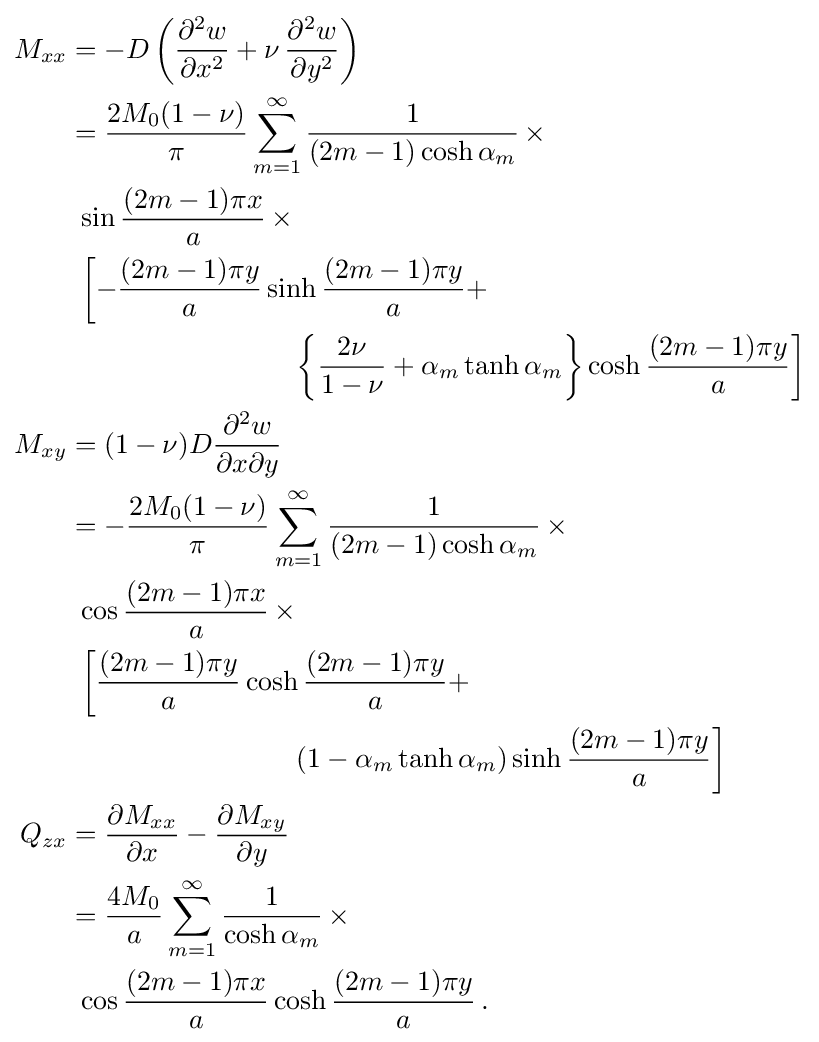
{\begin{aligned}M_{xx}&=-D\left({\frac {\partial ^{2}w}{\partial x^{2}}}+\nu \,{\frac {\partial ^{2}w}{\partial y^{2}}}\right)\\&={\frac {2M_{0}(1-\nu )}{\pi }}\sum _{m=1}^{\infty }{\frac {1}{(2m-1)\cosh \alpha _{m}}}\,\times \\&~\sin {\frac {(2m-1)\pi x}{a}}\,\times \\&~\left[-{\frac {(2m-1)\pi y}{a}}\sinh {\frac {(2m-1)\pi y}{a}}+\right.\\&\qquad \qquad \qquad \qquad \left.\left\{{\frac {2\nu }{1-\nu }}+\alpha _{m}\tanh \alpha _{m}\right\}\cosh {\frac {(2m-1)\pi y}{a}}\right]\\M_{xy}&=(1-\nu )D{\frac {\partial ^{2}w}{\partial x\partial y}}\\&=-{\frac {2M_{0}(1-\nu )}{\pi }}\sum _{m=1}^{\infty }{\frac {1}{(2m-1)\cosh \alpha _{m}}}\,\times \\&~\cos {\frac {(2m-1)\pi x}{a}}\,\times \\&~\left[{\frac {(2m-1)\pi y}{a}}\cosh {\frac {(2m-1)\pi y}{a}}+\right.\\&\qquad \qquad \qquad \qquad \left.(1-\alpha _{m}\tanh \alpha _{m})\sinh {\frac {(2m-1)\pi y}{a}}\right]\\Q_{zx}&={\frac {\partial M_{xx}}{\partial x}}-{\frac {\partial M_{xy}}{\partial y}}\\&={\frac {4M_{0}}{a}}\sum _{m=1}^{\infty }{\frac {1}{\cosh \alpha _{m}}}\,\times \\&~\cos {\frac {(2m-1)\pi x}{a}}\cosh {\frac {(2m-1)\pi y}{a}}\,.\end{aligned}}